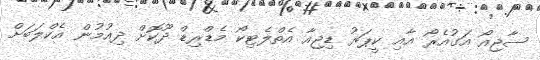
ސާޖިއޯ އަގުއެރޯ އާއި ކީޕަރު ޑިޖިއާ އެތްލެޓިކޯ މެޑްރިޑް ދޫކޮށް ދިއުމުން އެކްލަބަށް